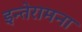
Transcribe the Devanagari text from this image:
इन्तेरामना